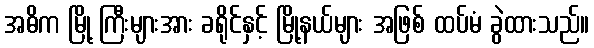
အဓိက မြို့ ကြီးများအား ခရိုင်နှင့် မြို့နယ်များ အဖြစ် ထပ်မံ ခွဲထားသည်။